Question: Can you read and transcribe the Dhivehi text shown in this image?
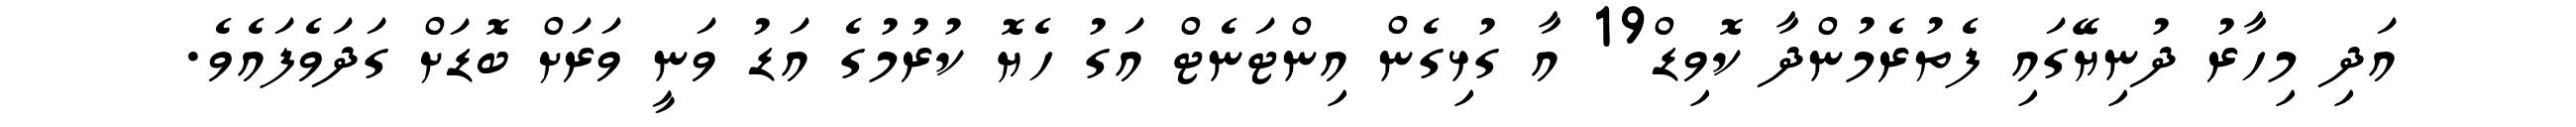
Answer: އަދި މިހާރު ދުނިޔޭގައި ފެތުރެމުންދާ ކޮވިޑް19 އާ ގުޅިގެން އިންޓަނެޓް އަގު ހެޔޮ ކުރުމުގެ އަޑު ވަނީ ވަރަށް ބޮޑަށް ގަދަވެފައެވެ.